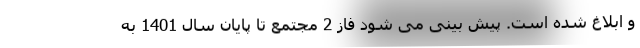
و ابلاغ شده است. پیش بینی می شود فاز 2 مجتمع تا پایان سال 1401 به